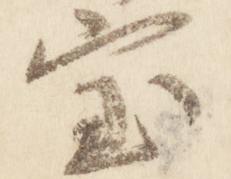
宝